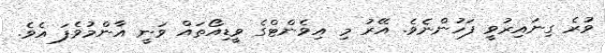
ވުރެ ގިނައިރުވީ ފަހުންނެވެ. އޭރު މި އިވެންޓްގެ ވީޑިއޯތައް ވަނީ އާންމުވެފަ އެވެ.